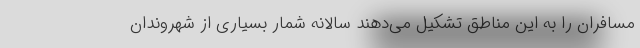
مسافران را به این مناطق تشکیل می‌دهند سالانه شمار بسیاری از شهروندان